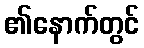
၏နောက်တွင်